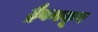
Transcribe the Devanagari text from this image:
ट्रैवनकूर